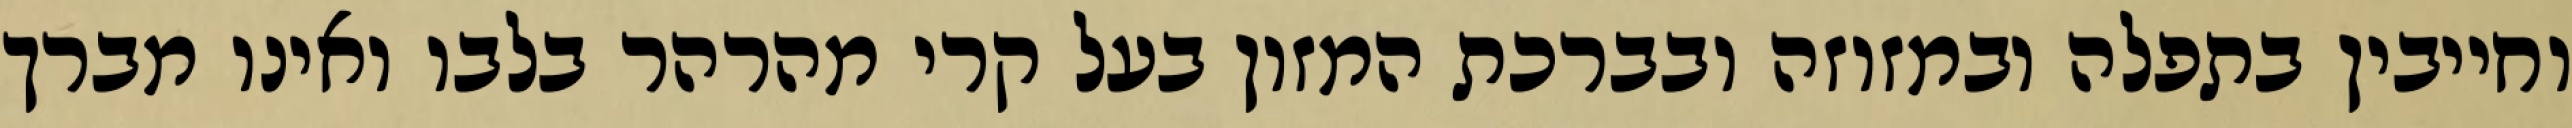
וחייבין בתפלה ובמזוזה ובברכת המזון בעל קרי מהרהר בלבו ואינו מברך